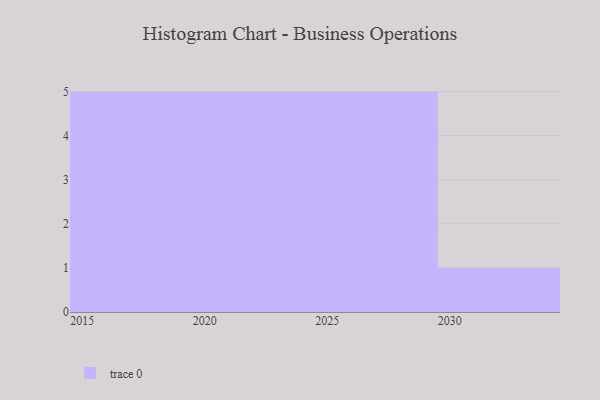
{"axis": {"x": "Year", "y": "Page Views"}, "legend": [""], "data": [{"x": "2027", "y": 6, "type": ""}, {"x": "2020", "y": 16, "type": ""}, {"x": "2026", "y": 61, "type": ""}, {"x": "2016", "y": 76, "type": ""}, {"x": "2017", "y": 27, "type": ""}, {"x": "2021", "y": 37, "type": ""}, {"x": "2024", "y": 80, "type": ""}, {"x": "2028", "y": 54, "type": ""}, {"x": "2018", "y": 35, "type": ""}, {"x": "2022", "y": 27, "type": ""}, {"x": "2015", "y": 15, "type": ""}, {"x": "2029", "y": 14, "type": ""}, {"x": "2023", "y": 41, "type": ""}, {"x": "2030", "y": 52, "type": ""}, {"x": "2019", "y": 20, "type": ""}, {"x": "2025", "y": 100, "type": ""}]}